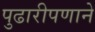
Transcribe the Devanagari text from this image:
पुढारीपणाने